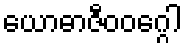
ယောဓာဇီဝဝဂ္ဂေါ